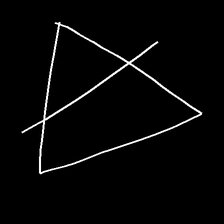
Glyph: empower